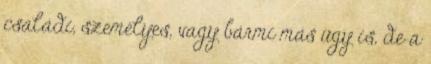
családi, személyes, vagy bármi más ügy is, de a